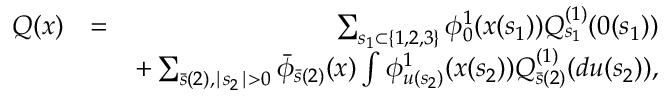
\begin{array} { r l r } { Q ( x ) } & { = } & { \sum _ { s _ { 1 } \subset \{ 1 , 2 , 3 \} } \phi _ { 0 } ^ { 1 } ( x ( s _ { 1 } ) ) Q _ { s _ { 1 } } ^ { ( 1 ) } ( 0 ( s _ { 1 } ) ) } \\ & { } & { + \sum _ { \bar { s } ( 2 ) , \mid s _ { 2 } \mid > 0 } \bar { \phi } _ { \bar { s } ( 2 ) } ( x ) \int \phi _ { u ( s _ { 2 } ) } ^ { 1 } ( x ( s _ { 2 } ) ) Q _ { \bar { s } ( 2 ) } ^ { ( 1 ) } ( d u ( s _ { 2 } ) ) , } \end{array}